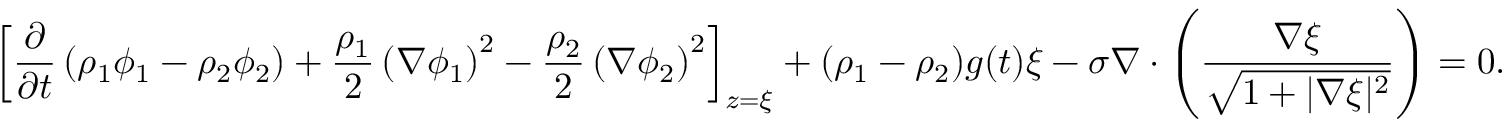
\left[ \frac { \partial } { \partial t } \left( \rho _ { 1 } \phi _ { 1 } - \rho _ { 2 } \phi _ { 2 } \right) + \frac { \rho _ { 1 } } { 2 } \left( \nabla \phi _ { 1 } \right) ^ { 2 } - \frac { \rho _ { 2 } } { 2 } \left( \nabla \phi _ { 2 } \right) ^ { 2 } \right] _ { z = \xi } + ( \rho _ { 1 } - \rho _ { 2 } ) g ( t ) \xi - \sigma \nabla \cdot \left( \frac { \nabla \xi } { \sqrt { 1 + | \nabla \xi | ^ { 2 } } } \right) = 0 .